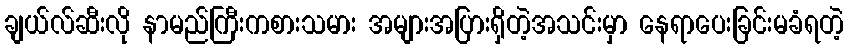
ချယ်လ်ဆီးလို နာမည်ကြီးကစားသမား အများအပြားရှိတဲ့အသင်းမှာ နေရာပေးခြင်းမခံရတဲ့